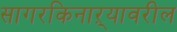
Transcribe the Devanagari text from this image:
सागरकिनाऱ्यावरील